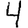
Digit: 4